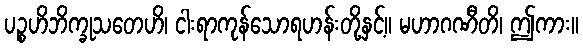
ပဉ္စဟိဘိက္ခုသတေဟိ၊ ငါးရာကုန်သောရဟန်းတို့နှင့်။ မဟာဂဏီတိ၊ ဤကား။